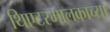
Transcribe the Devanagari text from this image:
थिएटरमालकाच्या